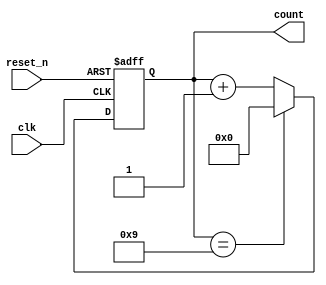
module BCD_Asynchronous_Counter (
    input wire clk,          // Clock signal
    input wire reset_n,     // Asynchronous active-low reset signal
    output reg [3:0] count  // 4-bit output for BCD count
);

// Asynchronous reset and counting process
always @(posedge clk or negedge reset_n) begin
    if (!reset_n) begin
        count <= 4'b0000; // Reset count to 0000
    end else begin
        if (count == 4'b1001) begin
            count <= 4'b0000; // Reset to 0000 when count reaches 1010
        end else begin
            count <= count + 1; // Increment count
        end
    end
end

endmodule